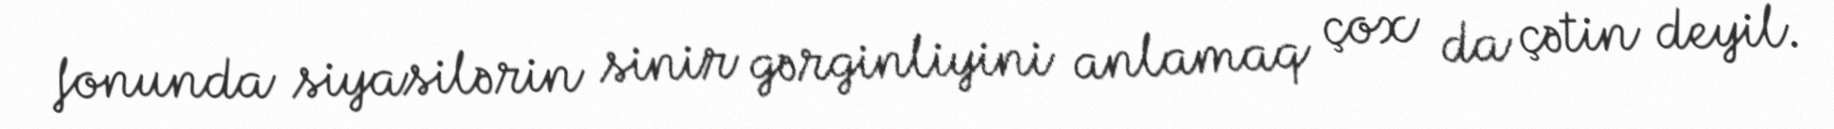
fonunda siyasilərin sinir gərginliyini anlamaq çox da çətin deyil.